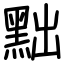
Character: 黜